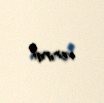
verirdi.